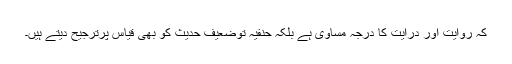
کہ روایت اور درایت کا درجہ مساوی ہے بلکہ حنفیہ توضعیف حدیث کو بھی قیاس پرترجیح دیتے ہیں۔